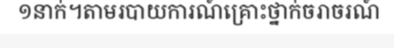
១នាក់។តាមរបាយការណ៍គ្រោះថ្នាក់ចរាចរណ៍